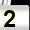
Digit: 2